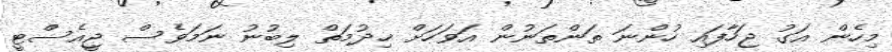
މިހެން އަގު ޖަހާފައި ހުންނަ ތަންތަނުން އަވަހަށް ޚިދުމަތް ލިބުނު ނަމަވެސް ޖީއެސްޓީ